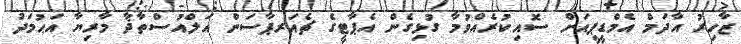
ޒާހިރު އާދަމް އެމްޑީޕީއަށް ސޮއިކުރެއްވުމާ ގުޅިގެން އެޕާޓީގެ ޗެއަރޕާސަން އަލްއުސްތާޛާ މާރިޔާ އަޙުމަދު